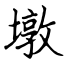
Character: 墩